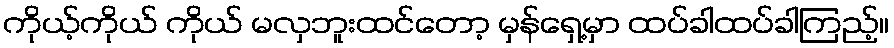
ကိုယ့်ကိုယ် ကိုယ် မလှဘူးထင်တော့ မှန်ရှေ့မှာ ထပ်ခါထပ်ခါကြည့်။